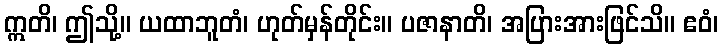
ဣတိ၊ ဤသို့။ ယထာဘူတံ၊ ဟုတ်မှန်တိုင်း။ ပဇာနာတိ၊ အပြားအားဖြင်သိ။ ဧဝံ၊